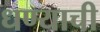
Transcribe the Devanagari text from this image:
धण्याची